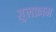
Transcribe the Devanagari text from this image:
ग़ुलफ़ाम